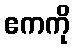
ဧကကို